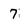
Character: 7